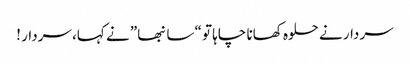
سردار نے حلوہ کھانا چاہا تو “سانبھا” نے کہا، سردار !